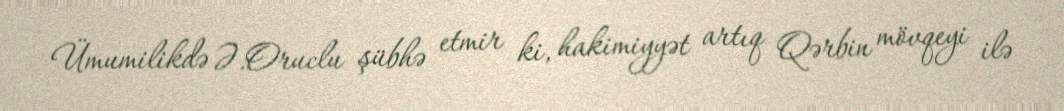
Ümumilikdə Ə.Oruclu şübhə etmir ki, hakimiyyət artıq Qərbin mövqeyi ilə